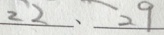
2 2 、 2 9